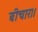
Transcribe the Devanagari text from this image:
बीचार।।